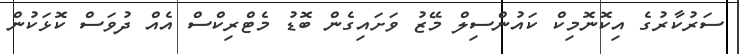
ސަރުކާރުގެ އިކޮނޮމިކް ކައުންސިލް މޭޒު ވަށައިގެން ބޮޑު މެޓްރިކްސް އެއް ދުވަސް ކޮޅަކުން